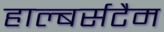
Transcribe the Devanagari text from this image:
हाल्बर्सटैम